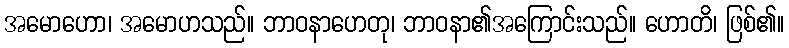
အမောဟော၊ အမောဟသည်။ ဘာဝနာဟေတု၊ ဘာဝနာ၏အကြောင်းသည်။ ဟောတိ၊ ဖြစ်၏။